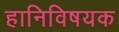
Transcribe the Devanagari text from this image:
हानिविषयक